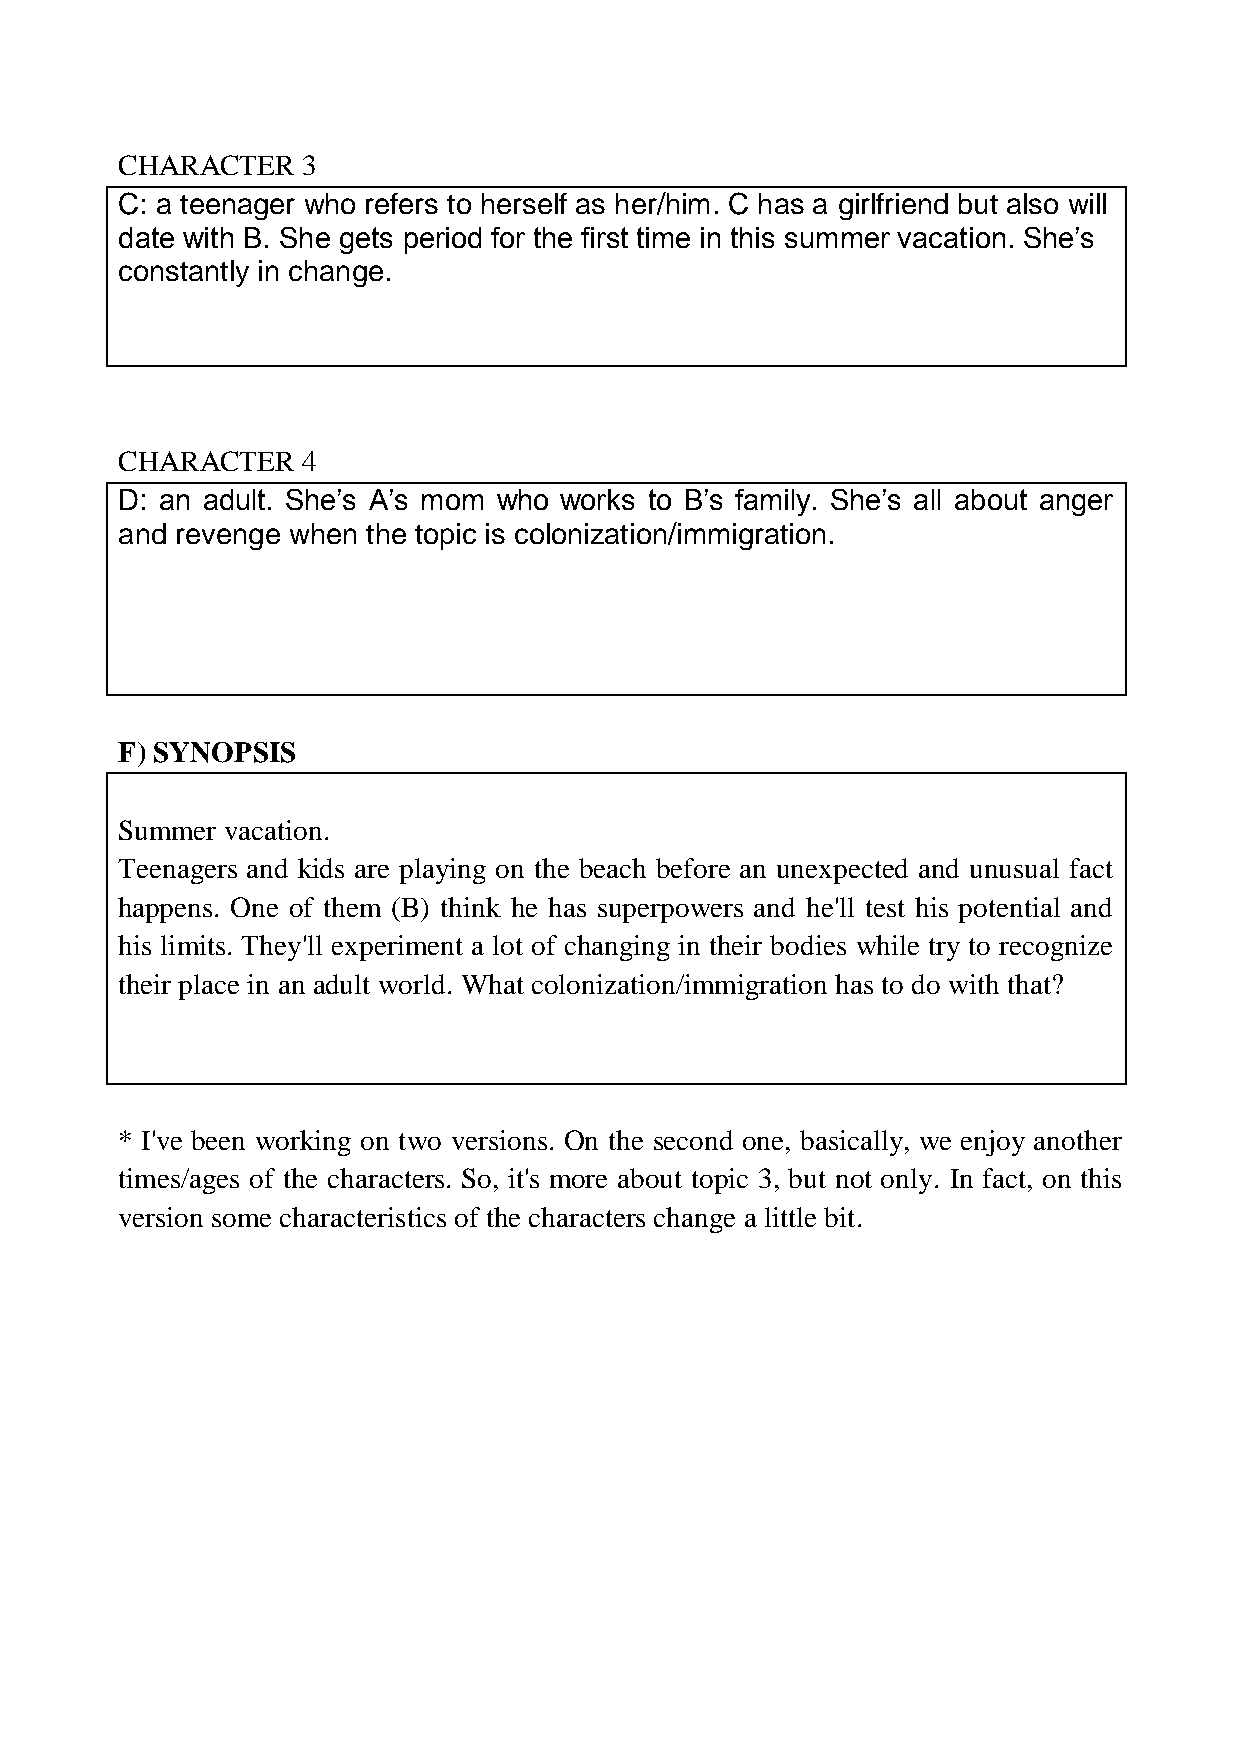
CHARACTER   3
 C: a teenager who refers to herself as her/him. C has a girlfriend but also will
 date with B. She gets period for the first time in this summer vacation. She’s
 constantly in change.
 CHARACTER   4
 D: an adult. She’s A’s mom who works to B’s family. She’s all about anger
 and revenge when the topic is colonization/immigration.
 F) SYNOPSIS
 Summer vacation.
 Teenagers and kids are playing on the beach before an unexpected and unusual fact
 happens. One of them (B) think he has superpowers and he'll test his potential and
 his limits. They'll experiment a lot of changing in their bodies while try to recognize
 their place in an adult world. What colonization/immigration has to do with that?
 * I've been working on two versions. On the second one, basically, we enjoy another
 times/ages of the characters. So, it's more about topic 3, but not only. In fact, on this
 version some characteristics of the characters change a little bit.